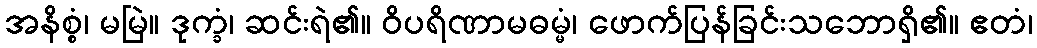
အနိစ္စံ၊ မမြဲ။ ဒုက္ခံ၊ ဆင်းရဲ၏။ ဝိပရိဏာမဓမ္မံ၊ ဖောက်ပြန်ခြင်းသဘောရှိ၏။ ဧတံ၊